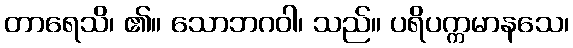
တာရေသိ၊ ၏။ သောဘဂဝါ၊ သည်။ ပရိပက္ကမာနသေ၊